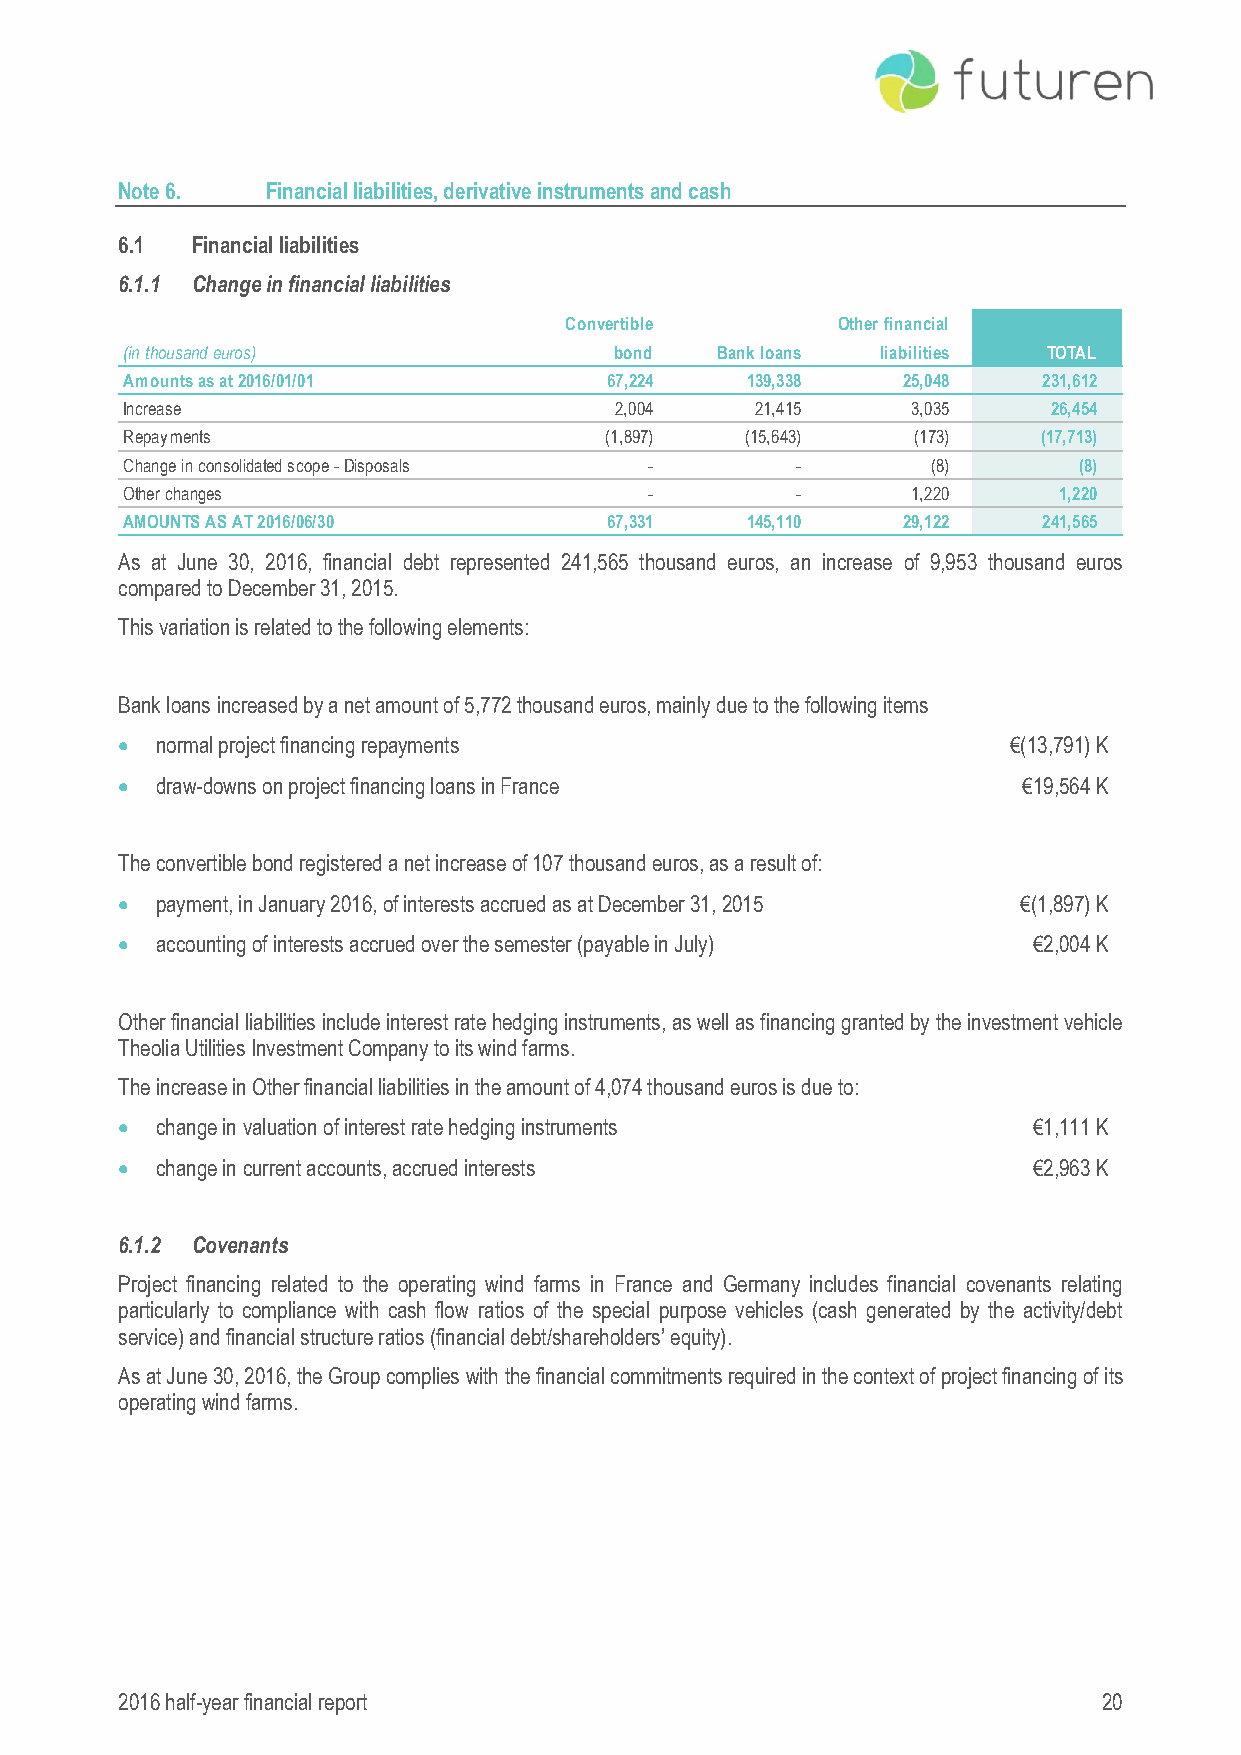
Note 6.   Financial liabilities, derivative instruments and cash
 6.1  Financial liabilities
 6.1.1 Change in financial liabilities
 Convertible       Other financial
 (in thousand euros)              bond  Bank loans liabilities TOTAL
 Amounts as at 2016/01/01        67,224   139,338    25,048   231,612
 Increase                         2,004    21,415    3,035     26,454
 Repayments                      (1,897)  (15,643)    (173)   (17,713)
 Change in consolidated scope - Disposals -   -        (8)      (8)
 Other changes                      -         -      1,220     1,220
 AMOUNTS AS AT 2016/06/30        67,331   145,110    29,122   241,565
 As at June 30, 2016, financial debt represented 241,565 thousand euros, an increase of 9,953 thousand euros
 compared to December 31, 2015.
 This variation is related to the following elements:
 Bank loans increased by a net amount of 5,772 thousand euros, mainly due to the following items
  normal project financing repayments                      €(13,791) K
  draw-downs on project financing loans in France           €19,564 K
 The convertible bond registered a net increase of 107 thousand euros, as a result of:
  payment, in January 2016, of interests accrued as at December 31, 2015 €(1,897) K
  accounting of interests accrued over the semester (payable in July) €2,004 K
 Other financial liabilities include interest rate hedging instruments, as well as financing granted by the investment vehicle
 Theolia Utilities Investment Company to its wind farms.
 The increase in Other financial liabilities in the amount of 4,074 thousand euros is due to:
  change in valuation of interest rate hedging instruments  €1,111 K
  change in current accounts, accrued interests             €2,963 K
 6.1.2 Covenants
 Project financing related to the operating wind farms in France and Germany includes financial covenants relating
 particularly to compliance with cash flow ratios of the special purpose vehicles (cash generated by the activity/debt
 service) and financial structure ratios (financial debt/shareholders’ equity).
 As at June 30, 2016, the Group complies with the financial commitments required in the context of project financing of its
 operating wind farms.
 2016 half-year financial report                                  20